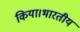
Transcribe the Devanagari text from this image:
किया।भारतीय